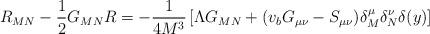
LaTeX: \begin{align*}R_{MN} - \frac{1}{2} G_{MN} R =- \frac{1}{4M^3} \left[\Lambda G_{MN} + (v_b G_{\mu \nu} - S_{\mu \nu})\delta_M^{\mu} \delta_N^{\nu} \delta(y) \right]\end{align*}